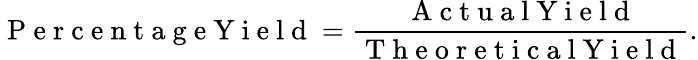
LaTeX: \mathrm{~P~e~r~c~e~n~t~a~g~e~Y~i~e~l~d~}=\frac{\mathrm{~A~c~t~u~a~l~Y~i~e~l~d~}}{\mathrm{~T~h~e~o~r~e~t~i~c~a~l~Y~i~e~l~d~}}.